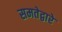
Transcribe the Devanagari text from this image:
समतेद्वारे